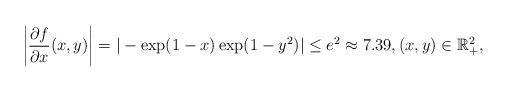
LaTeX: \begin{align*}\left | \frac{\partial f}{\partial x} (x,y) \right | = |-\exp(1-x) \exp(1 -y^2) |\le e^2 \approx 7.39, (x,y)\in \mathbb R^2_+,\end{align*}